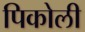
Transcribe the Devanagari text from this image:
पिकोली